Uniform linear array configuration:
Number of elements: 48
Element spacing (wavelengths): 0.5
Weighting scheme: hann
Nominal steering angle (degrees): -15
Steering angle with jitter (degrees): -16.008
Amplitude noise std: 0.05
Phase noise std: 0.05

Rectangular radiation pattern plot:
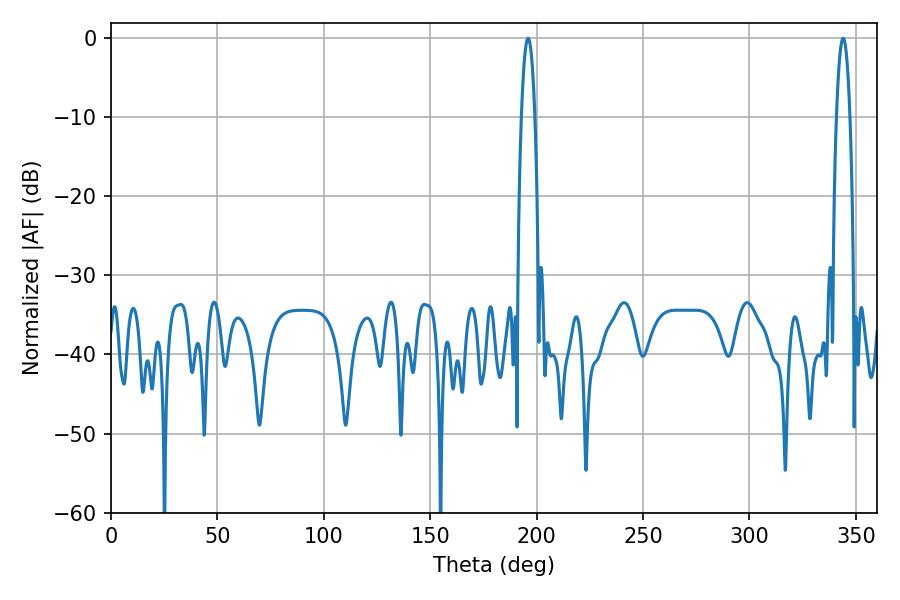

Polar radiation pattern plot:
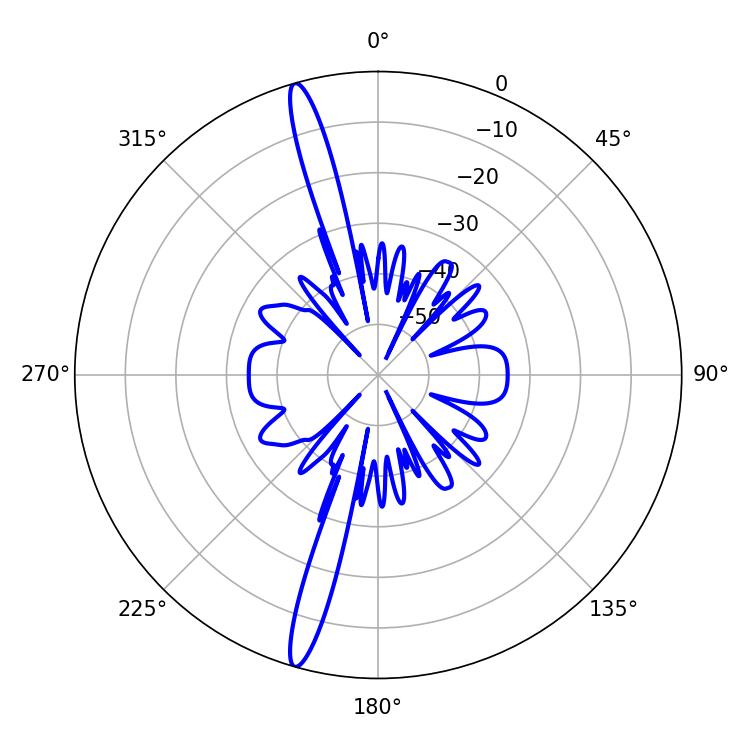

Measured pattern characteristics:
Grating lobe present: FALSE
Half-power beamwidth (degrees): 3.42
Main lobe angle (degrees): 343.98